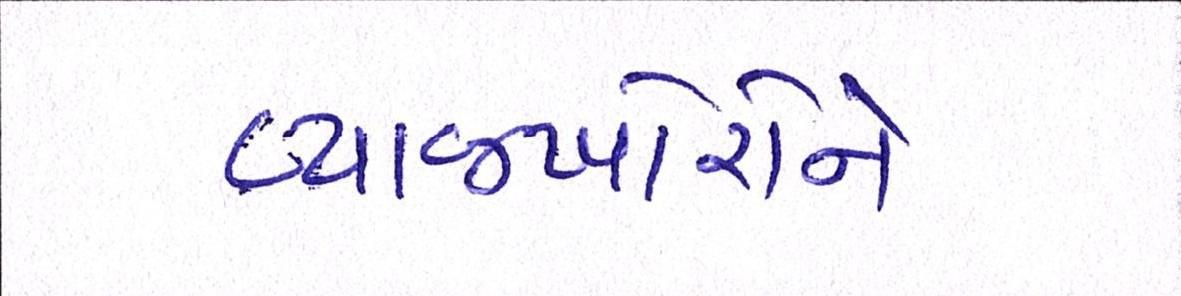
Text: વ્યાજખોરોને